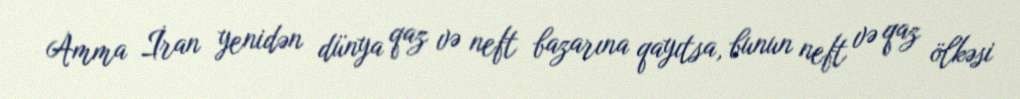
Amma İran yenidən dünya qaz və neft bazarına qayıtsa, bunun neft və qaz ölkəsi